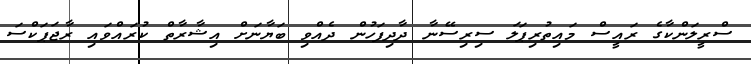
ސްރީލަންކާގެ ރައީސް މައިތުރިޕަލަ ސިރިސޭނާ ދާދިފަހުން ދެއްވި ބަޔާނަށް އިޝާރާތް ކުރައްވައި ރާޖަޕަކްސަ